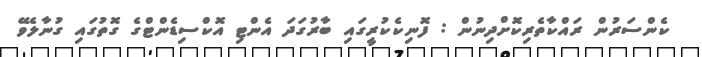
ކެންސަރުން ރައްކާތެރިކޮށްދިނުން : ފޮނިކެކުރީގައި ބާރުގަދަ އެންޓި އޮކްސިޑެންޓްގެ ގޮތުގައި ގުނާލެވޭ